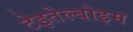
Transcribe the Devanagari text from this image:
टेइतेल्बोइम